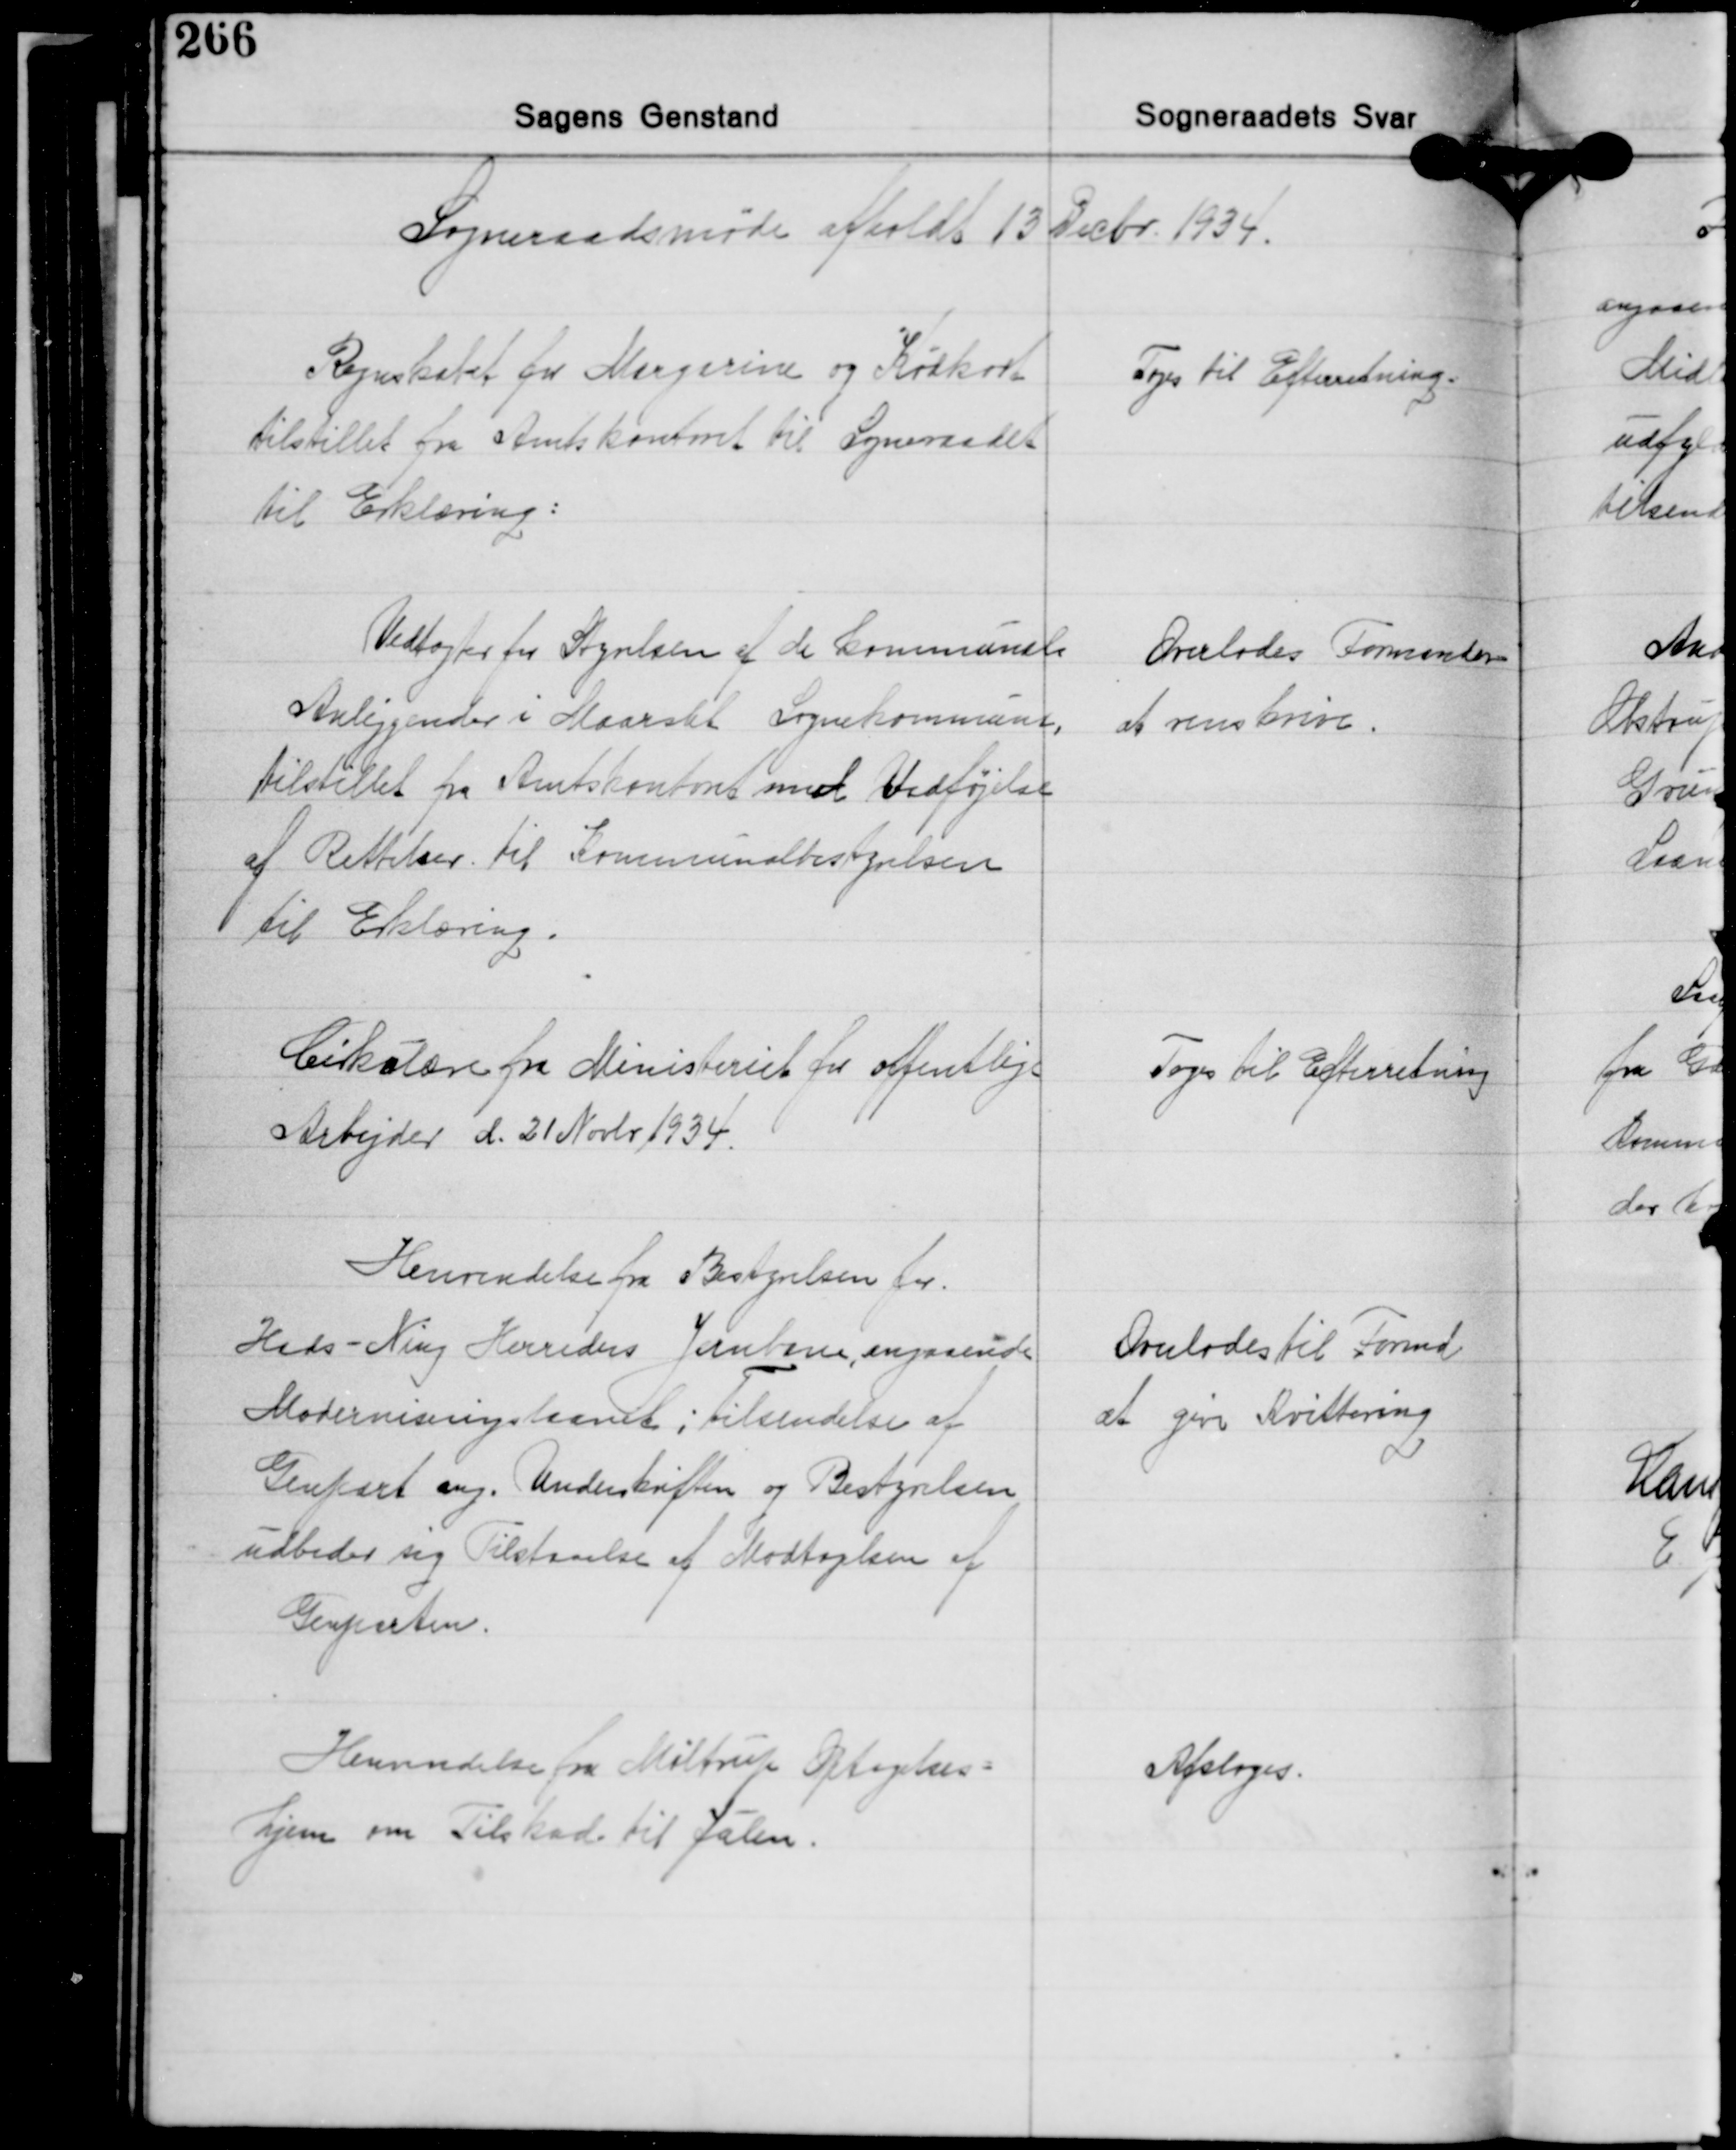
Transskription:
Sogneraadsmøde afholdt 13 Decbr. 1934.

Regnskabet for Margarine og Kødkort
tilstillet fra Amtskontoret til Sogneraadet
til Erklæring:

Toges til Efterretning.

Vedtægter fra Styrelsen af de kommunale
Anliggender i Maarslet Sognekommune,
tilstillet fra Amtskontoret med Vedføjelse
af Rettelser til Kommunalbestyrelsen
til Eklæring.

Overlodes Formanden
at renskrive.

Cirkulære fra Ministeriet for offentlige
Arbejder d. 21 Novbr. 1934.

Toges til Efterretning

Henvendelse fra Bestyrelsen for
Hads - Ning Herreders Jernbane, angaaende
Moderniseringslaanet; tilsendelse af
Genpart ang. Underskriften og Bestyrelsen
udbeder sig Tilstaaelse af Modtagelsen af
Genparten.

Overlodes til Formd.
at give Kvittering

Henvendelse fra Møltrup Optagelses-
hjem om Tilskud til Julen.

Afsloges.